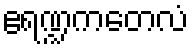
ဧရဏ္ဍကတေလံ